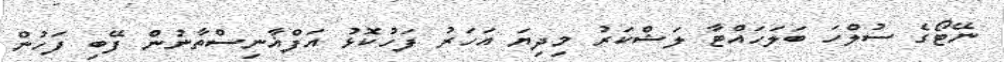
ނޭޓޯގެ ސުލްހަ ބަލަހައްޓާ ލަޝްކަރު މިދިޔަ އަހަރު ފަހުކޮޅު އަފްޣާނިސްތާނުން ފޭބި ފަހުން